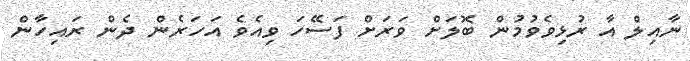
ނާއިލް އާ ރުޅިވެވުމުން ބޮލަށް ވަރަށް ފަސޭހަ ވިއެވެ އަހަރެން ދެން ރައިހާން